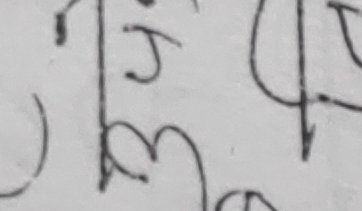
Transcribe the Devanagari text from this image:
म